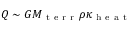
Q \sim G M _ { \mathrm { ~ t ~ e ~ r ~ r ~ } } \rho \kappa _ { \mathrm { ~ h ~ e ~ a ~ t ~ } }